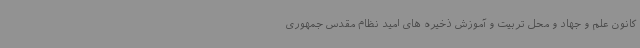
کانون علم و جهاد و محل تربیت و آموزش ذخیره های امید نظام مقدس جمهوری